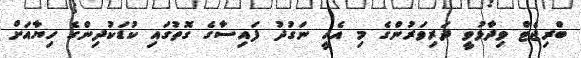
ބްރިޖެޓް ވިދާޅުވީ ދަރިވަރުންގެ މި އެހީ ނަގުދު ފައިސާގެ ގޮތުގައި ކުޑަކުދިންގެ ހިޔާއަށް